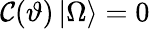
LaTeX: \mathcal{C}(\vartheta)\left|\Omega\right\rangle=0